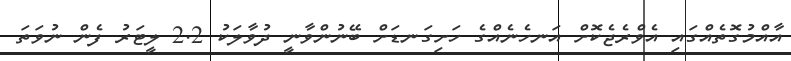
އާއްމުގޮތެއްގައި އެވްރެޖެކޮށް އަނހެނެއްގެ ހަށިގަނޑަށް ބޭނުންވާނީ ދުވާލަކު 2.2 ލީޓަރު ފެން ނުވަތަ